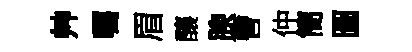
艸囑眉釀腴曹仲簡圖